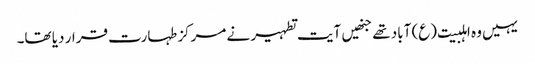
یہیں وہ اہلبیت(ع) آباد تھے جنھیں آیت تطہیر نے مرکز طہارت قرار دیا تھا۔